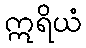
ဣရိယံ